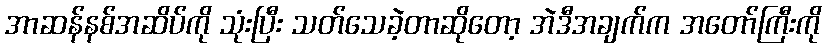
အာဆန်နစ်အဆိပ်ကို သုံးပြီး သတ်သေခဲ့တာဆိုတော့ အဲဒီအချက်က အတော်ကြီးကို